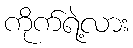
ကိုက်ရဲ့လား